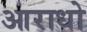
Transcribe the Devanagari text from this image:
आराधो